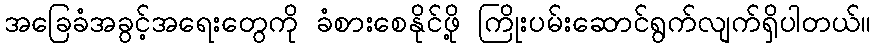
အခြေခံအခွင့်အရေးတွေကို ခံစားစေနိုင်ဖို့ ကြိုးပမ်းဆောင်ရွက်လျက်ရှိပါတယ်။